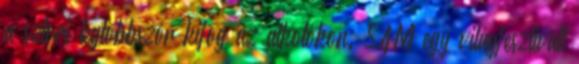
a sztori legtöbbször kifog az alkotókon. SAM egy világfesztivált